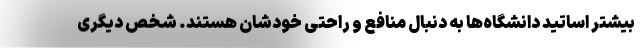
بیشتر اساتید دانشگاه‌ها به دنبال منافع و راحتی خودشان هستند. شخص دیگری